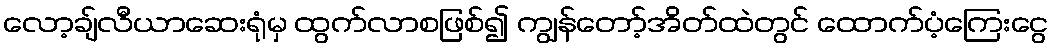
လော့ချ်လီယာဆေးရုံမှ ထွက်လာစဖြစ်၍ ကျွန်တော့်အိတ်ထဲတွင် ထောက်ပံ့ကြေးငွေ